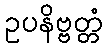
ဥပနိဗ္ဗတ္တံ